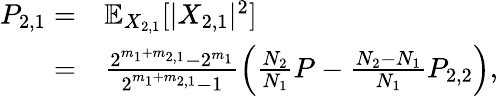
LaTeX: \begin{array}{rl}{P_{2,1}=}&{\mathbb{E}_{X_{2,1}}[|X_{2,1}|^{2}]}\\ {=}&{\frac{2^{m_{1}+m_{2,1}}-2^{m_{1}}}{2^{m_{1}+m_{2,1}}-1}\left(\frac{N_{2}}{N_{1}}P-\frac{N_{2}-N_{1}}{N_{1}}P_{2,2}\right),}\end{array}